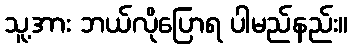
သူ့အား ဘယ်လိုပြောရ ပါမည်နည်း။